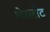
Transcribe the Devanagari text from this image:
शेरलोट